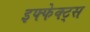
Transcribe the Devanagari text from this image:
इफ्फेक्ट्स